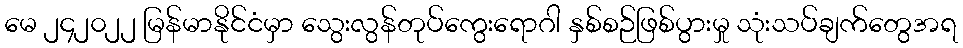
မေ ၂၄၂၀၂၂ မြန်မာနိုင်ငံမှာ သွေးလွန်တုပ်ကွေးရောဂါ နှစ်စဉ်ဖြစ်ပွားမှု သုံးသပ်ချက်တွေအရ